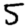
Digit: 5